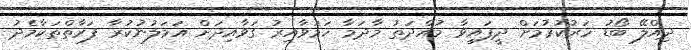
ދިއްލޭ ބޯޑު ހަރުކުރުމަށް ދީފައިވާ މުއްދަތު މާދަމާ ހަމަވާއިރު ގަވާއިދަށް އަމަލުނުކުރާ ފަރާތްތަކާމެދު